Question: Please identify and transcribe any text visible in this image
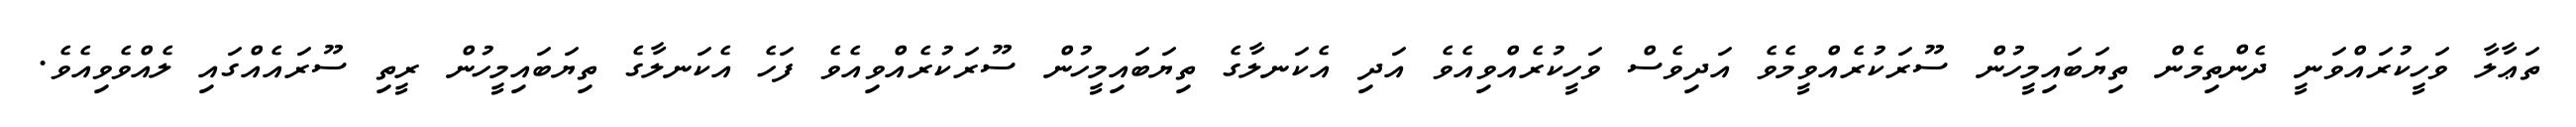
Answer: ތަޢާލާ ވަހީކުރައްވަނީ ދެންތިމެން ތިޔަބައިމީހުން ސޫރަކުރެއްވީމެވެ އަދިވެސް ވަހީކުރެއްވިއެވެ އަދި އެކަނލާގެ ތިޔަބައިމީހުން ސޫރަކުރެއްވިއެވެ ފަހެ އެކަނލާގެ ތިޔަބައިމީހުން ރީތި ސޫރައެއްގައި ލެއްވެވިއެވެ.